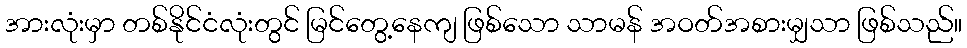
အားလုံးမှာ တစ်နိုင်ငံလုံးတွင် မြင်တွေ့နေကျ ဖြစ်သော သာမန် အဝတ်အစားမျှသာ ဖြစ်သည်။